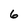
Character: 6